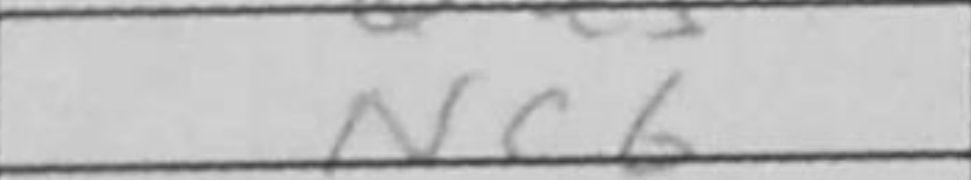
Transcription: Nc6